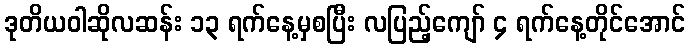
ဒုတိယဝါဆိုလဆန်း ၁၃ ရက်နေ့မှစပြီး လပြည့်ကျော် ၄ ရက်နေ့တိုင်အောင်